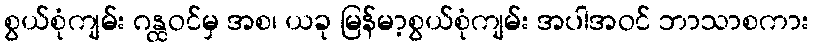
စွယ်စုံကျမ်း ဂန္ထဝင်မှ အစ၊ ယခု မြန်မာ့စွယ်စုံကျမ်း အပါအဝင် ဘာသာစကား